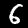
Digit: 6